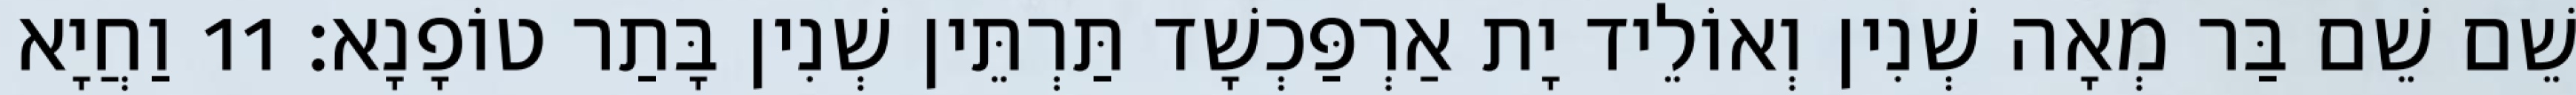
שֵׁם שֵׁם בַּר מְאָה שְׁנִין וְאוֹלֵיד יָת אַרְפַּכְשָׁד תַּרְתֵּין שְׁנִין בָּתַר טוֹפָנָא׃ 11 וַחֲיָא